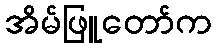
အိမ်ဖြူတော်က